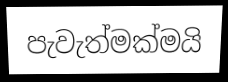
පැවැත්මක්මයි